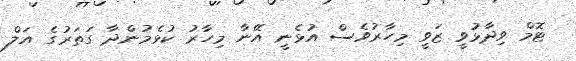
ޓޮމް ވިދާޅުވީ ޒަވީ މިހާރުވެސް އުޅެނީ އޭނާ މިހާރު ކުޅެމުންދާ ގަތަރުގެ އަލް